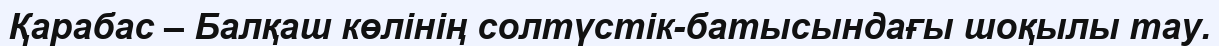
Қарабас – Балқаш көлінің солтүстік-батысындағы шоқылы тау.